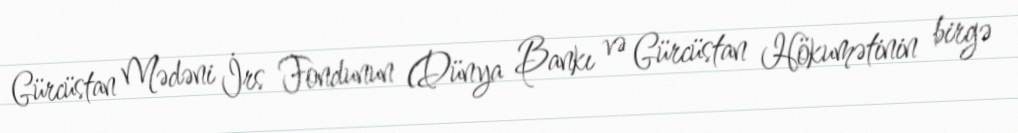
Gürcüstan Mədəni İrs Fondunun (Dünya Bankı və Gürcüstan Hökumətinin birgə